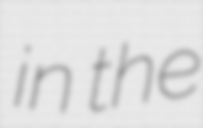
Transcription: in the